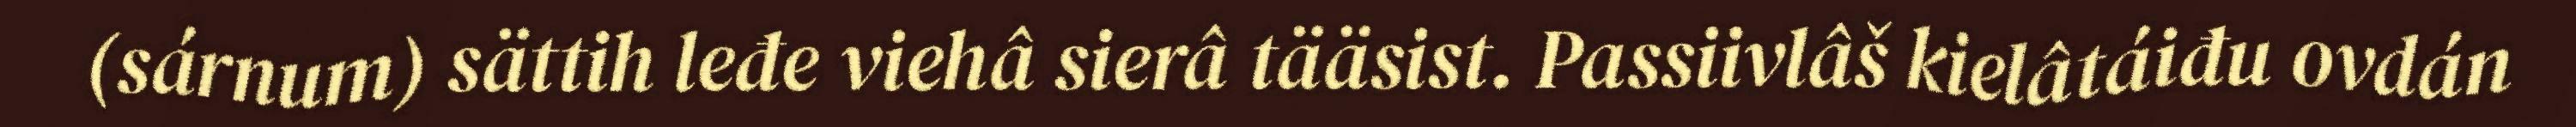
(sárnum) sättih leđe viehâ sierâ tääsist. Passiivlâš kielâtáiđu ovdán